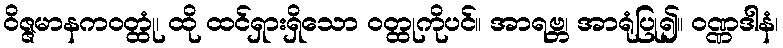
ဝိဇ္ဇမာနကဝတ္ထုံ၊ ထို ထင်ရှားရှိသော ဝတ္ထုကိုပင်။ အာရဗ္ဘ၊ အာရုံပြု၍။ ဝဏ္ဏဒါနံ၊